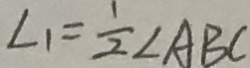
\angle 1 = \frac { 1 } { 2 } \angle A B C